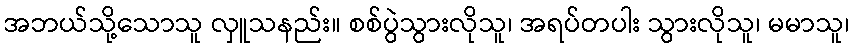
အဘယ်သို့သောသူ လှူသနည်း။ စစ်ပွဲသွားလိုသူ၊ အရပ်တပါး သွားလိုသူ၊ မမာသူ၊